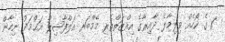
1 ގެ ކޯހެއް ވިލިމާލެ ދާއިރާގެ އިއްޒަތްތެރި މެމްބަރ އަލްފާޟިލް އަޙްމަދު ނިހާން